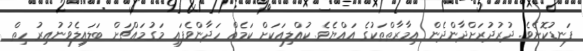
ފަނޑުކޮށެވެ. ދުރުދުރަށްދާންދެން އިމާރާތްތަކުގެ އައްޔެވެ. ކުއްލިއަކަށް ކަމެއް ހަދާންވެފައި މަގުމައްޗަށް ބަލައިލެވުނުއިރު ހިތް